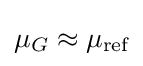
\mu _{G}\approx \mu _{\text{ref}}